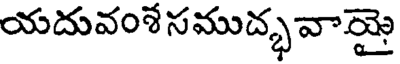
యదువంశే సముద్భ వారై